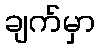
ချက်မှာ